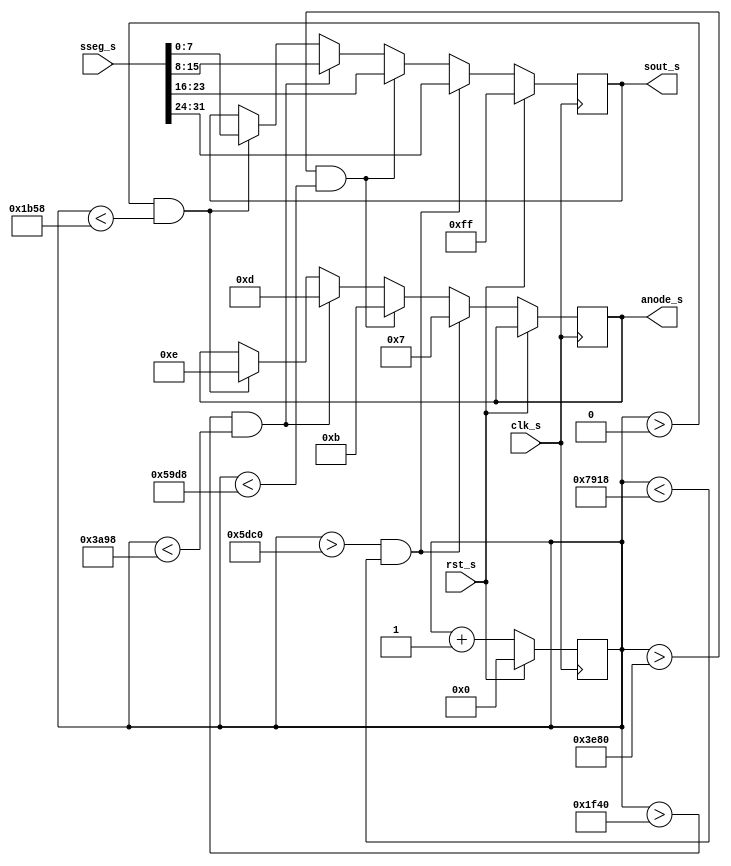
// A scanning display controller
// This circuit drives the anode signals and corresponding segments of each digit in a repeating,
// continuous succession, at an update rate that is faster than the human eye response

module scan_unit(clk_s, rst_s, sseg_s, anode_s, sout_s);

	input clk_s, rst_s;
	input [31:0] sseg_s;
	output [7:0] sout_s;
	output  [3:0] anode_s;
	
	reg [7:0] sout_s;
	reg [3:0] anode_s;
	reg [14:0] cntr;
	
	always @(posedge clk_s) begin
			if(rst_s) begin
				cntr<=15'd0;
				sout_s <= 8'b11111111;
			end else begin
				cntr <= cntr +1;
			   if (cntr>15'd24000 && cntr<15'd31000)begin
					sout_s<=sseg_s[31:24];
					anode_s<=4'b0111;
				end
				else if (cntr>15'd16000 && cntr<15'd23000)begin
					sout_s<=sseg_s[23:16];
					anode_s<=4'b1011;
				end
				else if (cntr>15'd8000 && cntr<15'd15000)begin
					sout_s<=sseg_s[15:8];
					anode_s<=4'b1101;
				end
				else if (cntr>15'b0 && cntr<15'd7000)begin
					sout_s<=sseg_s[7:0];
					anode_s<=4'b1110;
				end
			end		
   end

endmodule